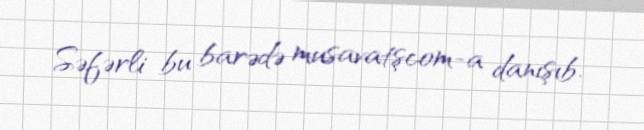
Səfərli bu barədə musavatşcom-a danışıb.